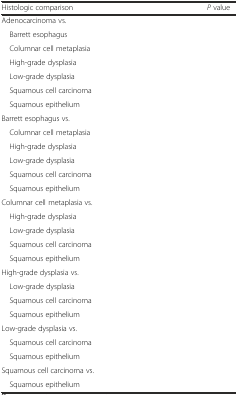
<table><thead><tr><td><b>Histologic comparison</b></td><td><b><i>P</i> value</b></td></tr></thead><tbody><tr><td>Adenocarcinoma vs.</td><td>[EMPTY_CELL]</td></tr><tr><td> Barrett esophagus</td><td>[EMPTY_CELL]</td></tr><tr><td> Columnar cell metaplasia</td><td>[EMPTY_CELL]</td></tr><tr><td> High-grade dysplasia</td><td>[EMPTY_CELL]</td></tr><tr><td> Low-grade dysplasia</td><td>[EMPTY_CELL]</td></tr><tr><td> Squamous cell carcinoma</td><td>[EMPTY_CELL]</td></tr><tr><td> Squamous epithelium</td><td>[EMPTY_CELL]</td></tr><tr><td>Barrett esophagus vs.</td><td>[EMPTY_CELL]</td></tr><tr><td> Columnar cell metaplasia</td><td>[EMPTY_CELL]</td></tr><tr><td> High-grade dysplasia</td><td>[EMPTY_CELL]</td></tr><tr><td> Low-grade dysplasia</td><td>[EMPTY_CELL]</td></tr><tr><td> Squamous cell carcinoma</td><td>[EMPTY_CELL]</td></tr><tr><td> Squamous epithelium</td><td>[EMPTY_CELL]</td></tr><tr><td>Columnar cell metaplasia vs.</td><td>[EMPTY_CELL]</td></tr><tr><td> High-grade dysplasia</td><td>[EMPTY_CELL]</td></tr><tr><td> Low-grade dysplasia</td><td>[EMPTY_CELL]</td></tr><tr><td> Squamous cell carcinoma</td><td>[EMPTY_CELL]</td></tr><tr><td> Squamous epithelium</td><td>[EMPTY_CELL]</td></tr><tr><td>High-grade dysplasia vs.</td><td>[EMPTY_CELL]</td></tr><tr><td> Low-grade dysplasia</td><td>[EMPTY_CELL]</td></tr><tr><td> Squamous cell carcinoma</td><td>[EMPTY_CELL]</td></tr><tr><td> Squamous epithelium</td><td>[EMPTY_CELL]</td></tr><tr><td>Low-grade dysplasia vs.</td><td>[EMPTY_CELL]</td></tr><tr><td> Squamous cell carcinoma</td><td>[EMPTY_CELL]</td></tr><tr><td> Squamous epithelium</td><td>[EMPTY_CELL]</td></tr><tr><td>Squamous cell carcinoma vs.</td><td>[EMPTY_CELL]</td></tr><tr><td> Squamous epithelium</td><td>[EMPTY_CELL]</td></tr></tbody></table>